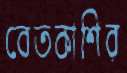
বেতকাশির